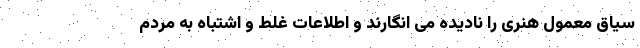
سیاق معمول هنری را نادیده می انگارند و اطلاعات غلط و اشتباه به مردم